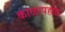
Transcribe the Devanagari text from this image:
काळापहाड